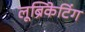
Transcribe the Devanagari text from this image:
लूब्रिकेटिंग